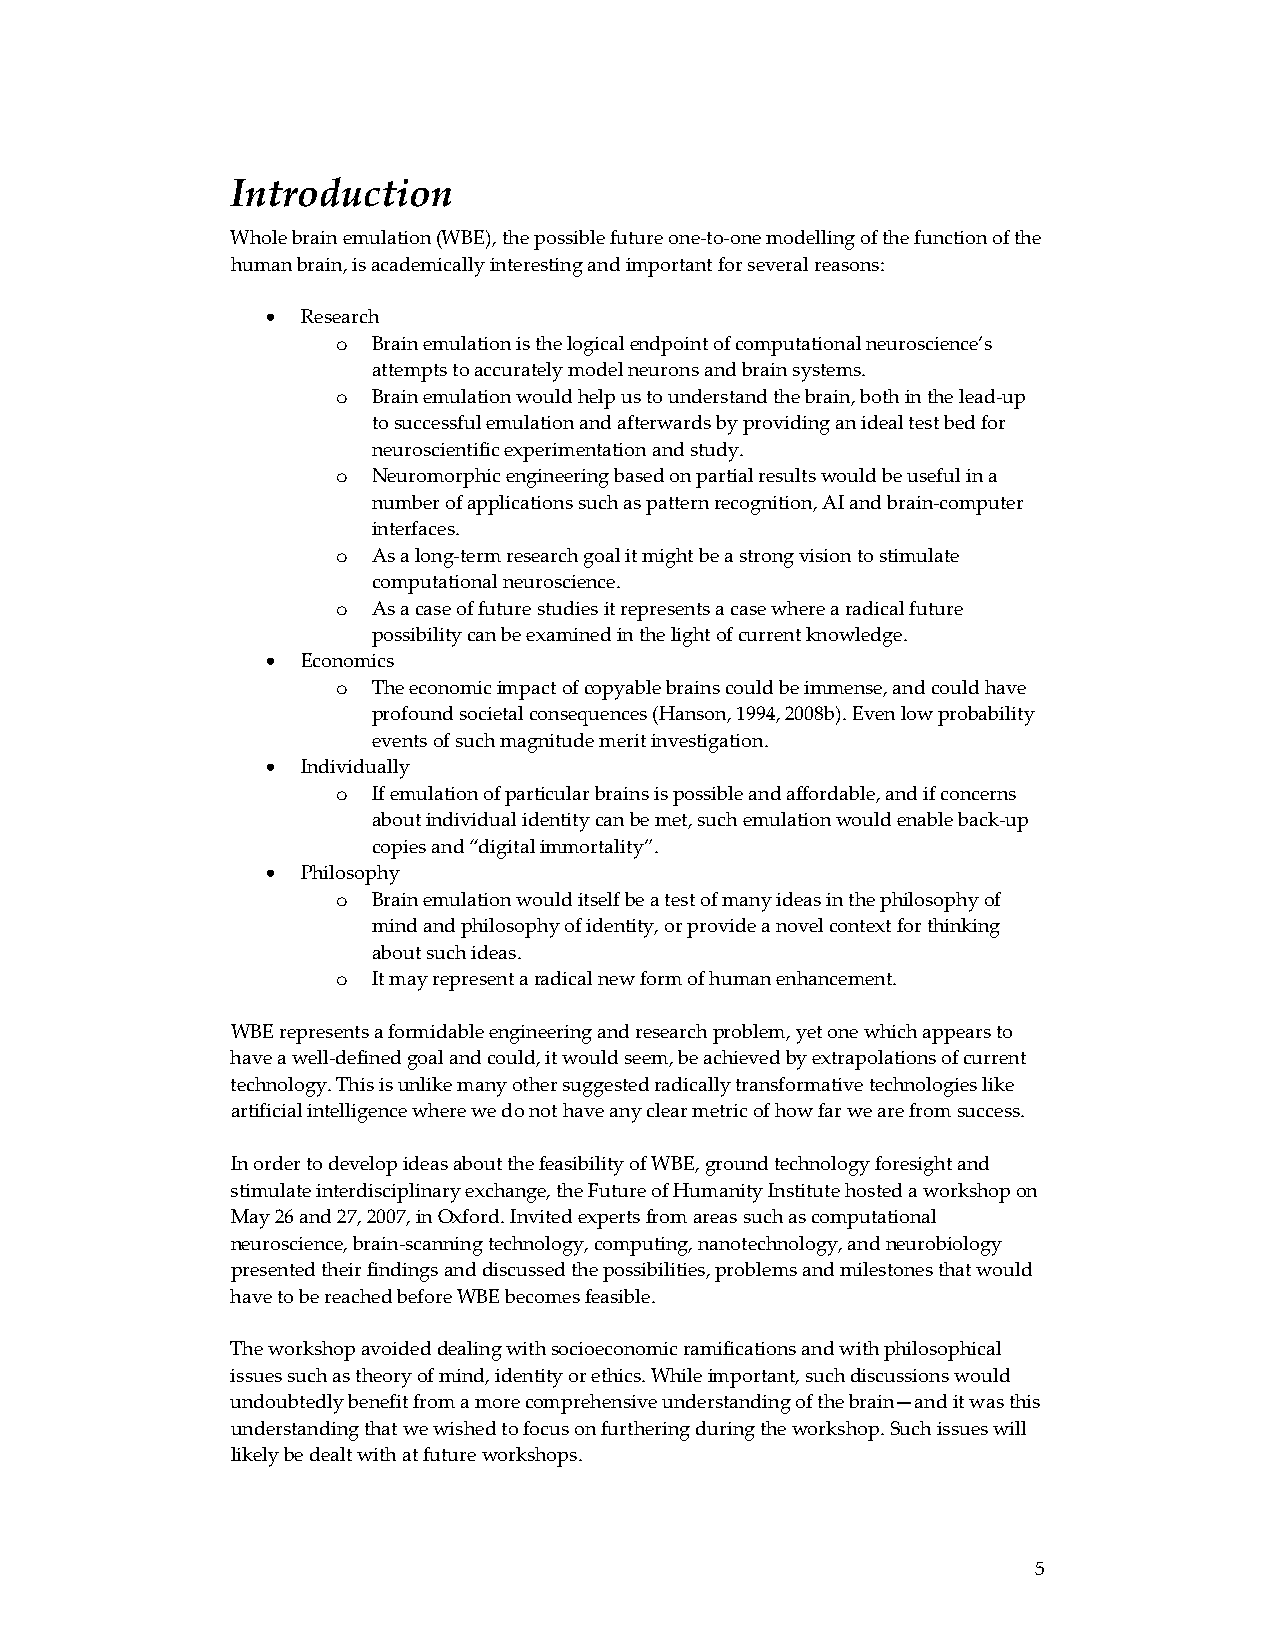
Introduction
 Whole brain emulation (WBE), the possible future one‐to‐one modelling of the function of the
 human brain, is academically interesting and important for several reasons:
 • Research
 o  Brain emulation is the logical endpoint of computational neuroscience’s
 attempts to accurately model neurons and brain systems.
 o  Brain emulation would help us to understand the brain, both in the lead‐up
 to successful emulation and afterwards by providing an ideal test bed for
 neuroscientific experimentation and study.
 o  Neuromorphic engineering based on partial results would be useful in a
 number of applications such as pattern recognition, AI and brain‐computer
 interfaces.
 o  As a long‐term research goal it might be a strong vision to stimulate
 computational neuroscience.
 o  As a case of future studies it represents a case where a radical future
 possibility can be examined in the light of current knowledge.
 • Economics
 o  The economic impact of copyable brains could be immense, and could have
 profound societal consequences (Hanson, 1994, 2008b). Even low probability
 events of such magnitude merit investigation.
 • Individually
 o  If emulation of particular brains is possible and affordable, and if concerns
 about individual identity can be met, such emulation would enable back‐up
 copies and “digital immortality”.
 • Philosophy
 o  Brain emulation would itself be a test of many ideas in the philosophy of
 mind and philosophy of identity, or provide a novel context for thinking
 about such ideas.
 o  It may represent a radical new form of human enhancement.
 WBE represents a formidable engineering and research problem, yet one which appears to
 have a well‐defined goal and could, it would seem, be achieved by extrapolations of current
 technology. This is unlike many other suggested radically transformative technologies like
 artificial intelligence where we do not have any clear metric of how far we are from success.
 In order to develop ideas about the feasibility of WBE, ground technology foresight and
 stimulate interdisciplinary exchange, the Future of Humanity Institute hosted a workshop on
 May 26 and 27, 2007, in Oxford. Invited experts from areas such as computational
 neuroscience, brain‐scanning technology, computing, nanotechnology, and neurobiology
 presented their findings and discussed the possibilities, problems and milestones that would
 have to be reached before WBE becomes feasible.
 The workshop avoided dealing with socioeconomic ramifications and with philosophical
 issues such as theory of mind, identity or ethics. While important, such discussions would
 undoubtedly benefit from a more comprehensive understanding of the brain—and it was this
 understanding that we wished to focus on furthering during the workshop. Such issues will
 likely be dealt with at future workshops.
 5